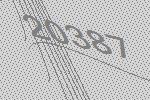
20387